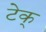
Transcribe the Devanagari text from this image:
टेक्